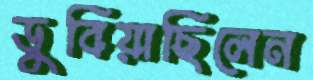
ডুবিয়াছিলেন